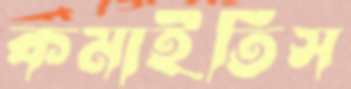
কমাইতিস